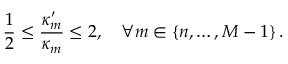
\frac 1 2 \leq \frac { \kappa _ { m } ^ { \prime } } { \kappa _ { m } } \leq 2 , \quad \forall m \in \{ n , \ldots , M - 1 \} \, .